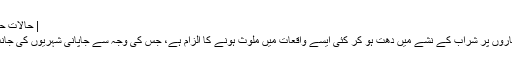
| حالات حاضرہ | DW | 07.06.2016
امریکی نیوی کے بہت سے اہلکاروں پر شراب کے نشے میں دھت ہو کر کئی ایسے واقعات میں ملوث ہونے کا الزام ہے، جس کی وجہ سے جاپانی شہریوں کی جانب سے شدید احتجاج کیا گیا ہے۔